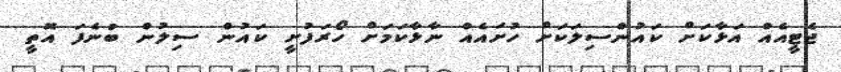
ޖެޓީއެއް އަޅާކަަށް ކައުންސިލަކަށް ހުށައެއް ނާޅާކަމަށް ހޯރަފުށީ ކައުން ސިލުން ބުނެފަ އޮތީ